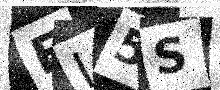
Text: EI5S